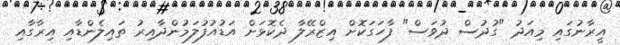
އީރާނުގައި މިއަދު "ގުދުސް ދުވަސް" ފާހަގަކޮށް އިޒްރޭލާ ދެކޮޅަށް އަޑުއުފުލަމުންދާއިރު ތައިލެންޑާއި އިރާގާއި